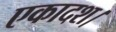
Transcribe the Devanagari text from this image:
एकादश।